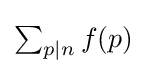
{\textstyle \sum _{p\mid n}f(p)}